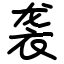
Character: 袭